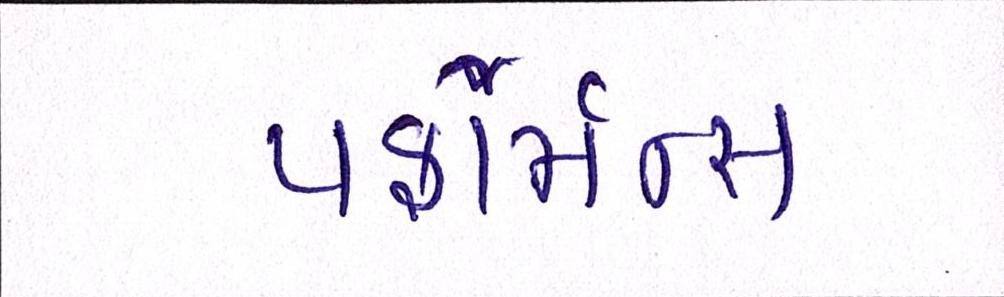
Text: પર્ફોર્મન્સ